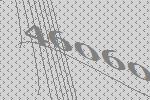
46060